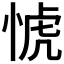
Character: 𢜜